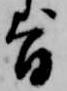
旨